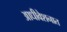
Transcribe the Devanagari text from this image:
आधीवेशनात